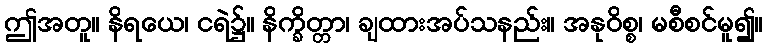
ဤအတူ။ နိရယေ၊ ငရဲ၌။ နိက္ခိတ္တာ၊ ချထားအပ်သနည်း။ အနုဝိစ္စ၊ မစီစင်မူ၍။